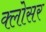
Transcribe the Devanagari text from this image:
क्लोसर